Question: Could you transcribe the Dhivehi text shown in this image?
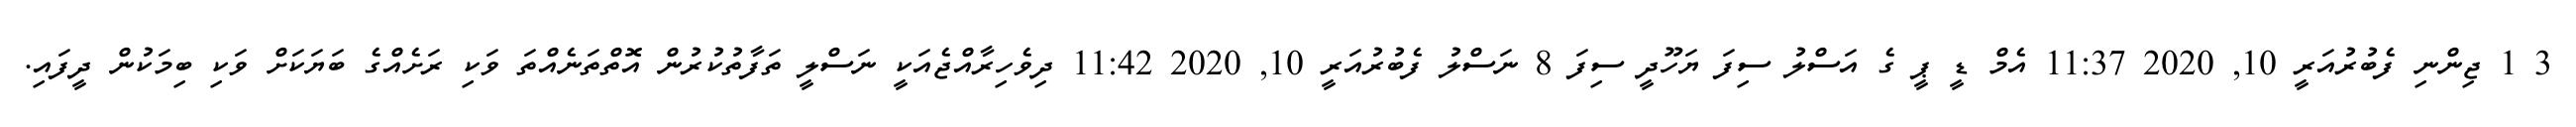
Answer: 3 1 ޖިންނި ފެބުރުއަރީ 10, 2020 11:37 އެމް ޑީ ޕީ ގެ އަސްލު ސިފަ ޔަހޫދީ ސިފަ 8 ނަސްލު ފެބުރުއަރީ 10, 2020 11:42 ދިވެހިރާއްޖެއަކީ ނަސްލީ ތަފާތުކުރުން އޮތްތަނެއްތަ ވަކި ރަށެއްގެ ބަޔަކަށް ވަކި ބިމަކުން ދީފައި.